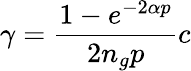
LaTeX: \gamma=\frac{1-e^{-2\alpha p}}{2n_{g}p}c